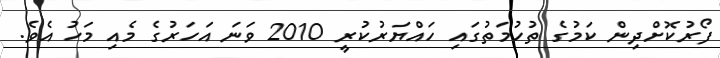
ފޯރުކޮށްދިން ކަމުގެ ތުހުމަތުގައި ހައްޔަރުކުރީ 2010 ވަނަ އަހަރުގެ މެއި މަހު އެވެ.